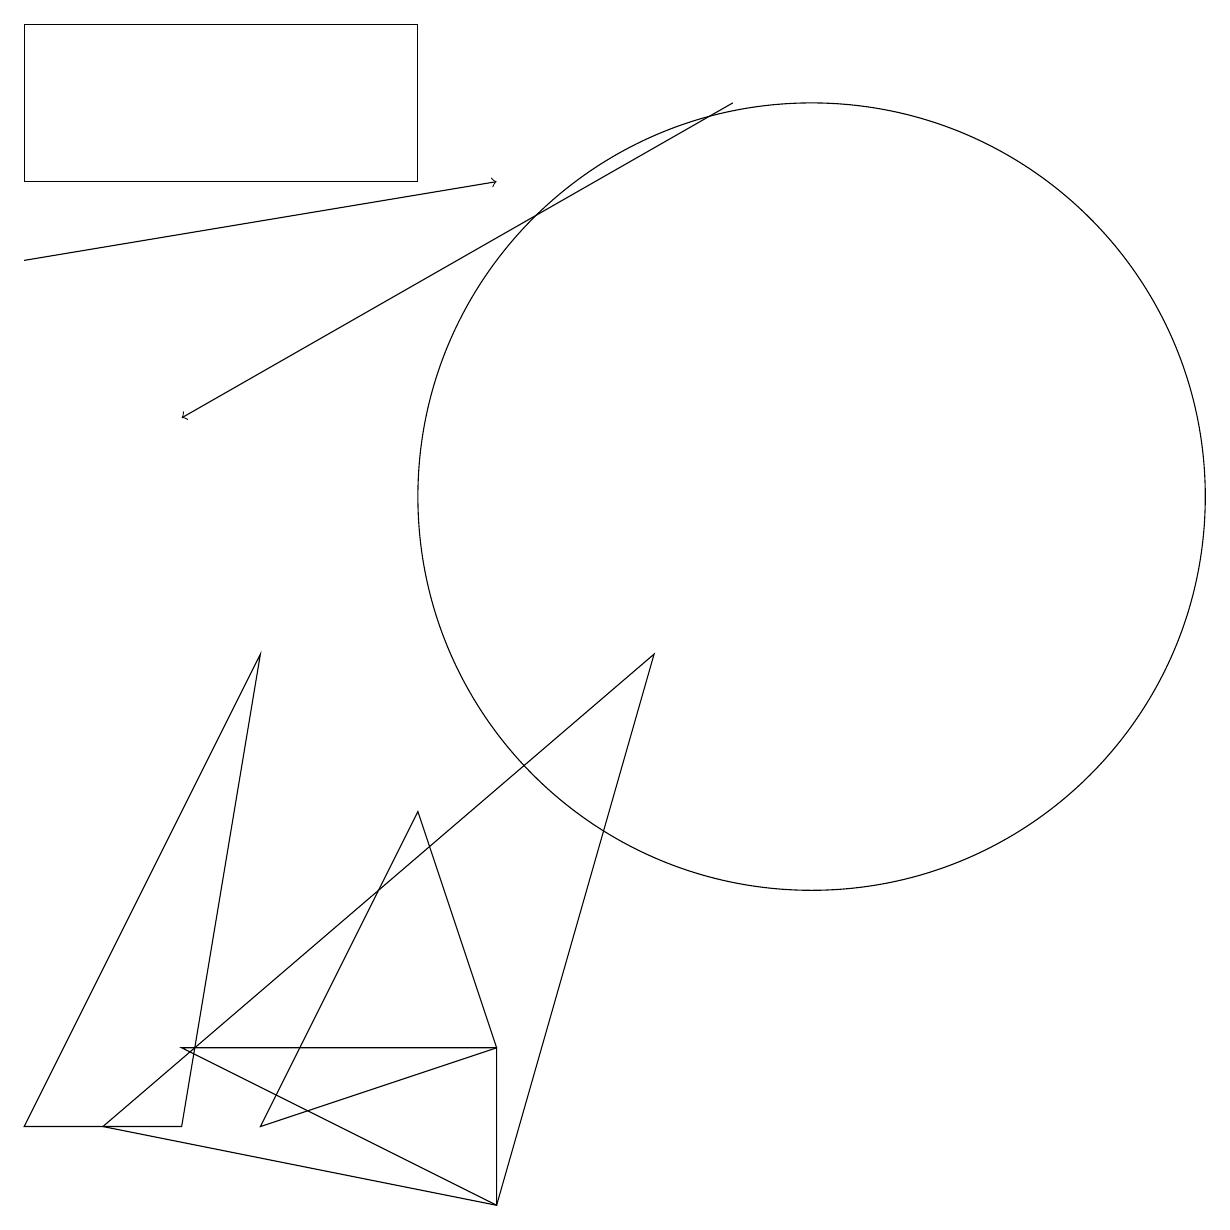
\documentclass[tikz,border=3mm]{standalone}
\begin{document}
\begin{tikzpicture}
\draw (10,11) circle (5);
\draw (2,4) -- (6,2) -- (6,4) -- cycle;
\draw[->] (9,16) -- (2,12);
\draw (5,17) rectangle (0,15);
\draw (8,9) -- (1,3) -- (6,2) -- cycle;
\draw (3,3) -- (6,4) -- (5,7) -- cycle;
\draw[->] (0,14) -- (6,15);
\draw (3,9) -- (0,3) -- (2,3) -- cycle;
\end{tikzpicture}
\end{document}